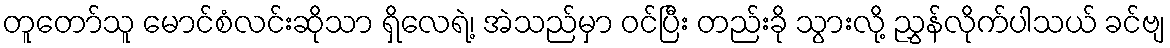
တူတော်သူ မောင်စံလင်းဆိုသာ ရှိလေရဲ့၊ အဲသည်မှာ ဝင်ပြီး တည်းခို သွားလို့ ညွှန်လိုက်ပါသယ် ခင်ဗျ